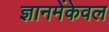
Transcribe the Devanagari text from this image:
ज्ञानमेंकेवल